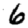
Digit: 6